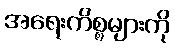
အရေးကိစ္စများကို